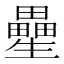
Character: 㽮